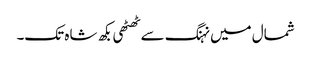
شمال میں نہنگ سے ٹھٹھی بکھ شاہ تک۔